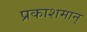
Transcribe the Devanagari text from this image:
प्रकाशमान्‌